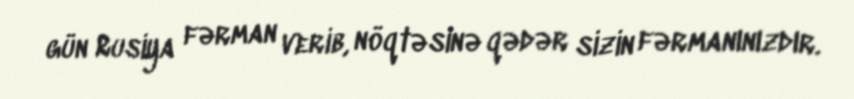
gün Rusiya fərman verib, nöqtəsinə qədər sizin fərmanınızdır.